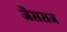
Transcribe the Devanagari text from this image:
जैसराज